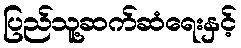
ပြည်သူ့ဆက်ဆံရေးနှင့်